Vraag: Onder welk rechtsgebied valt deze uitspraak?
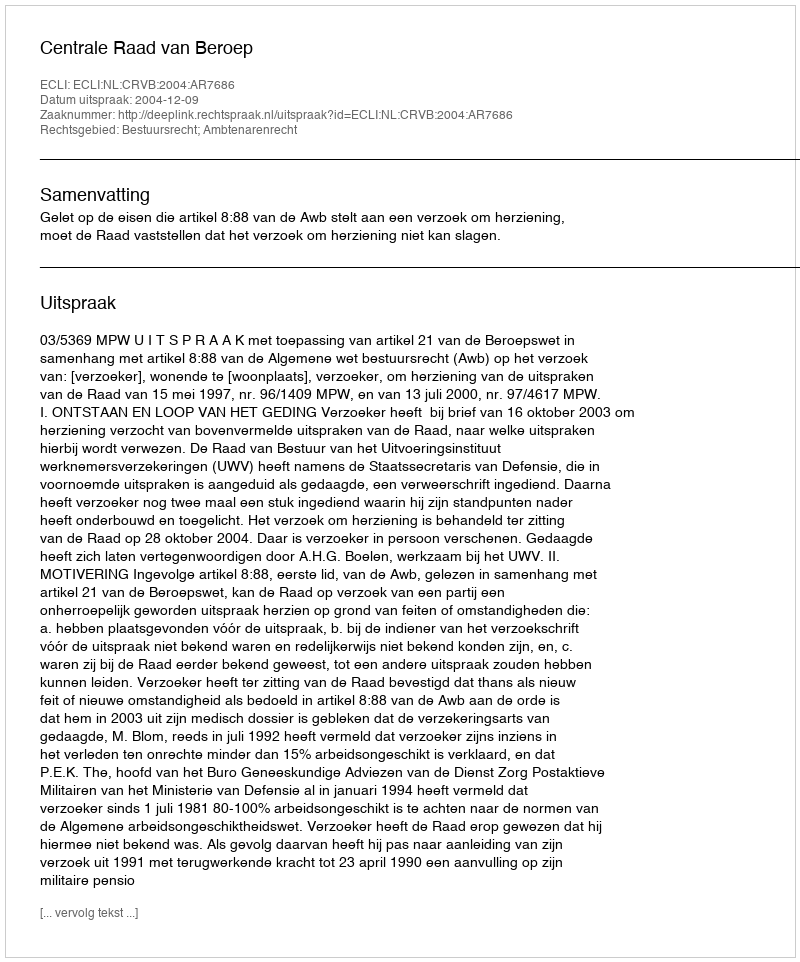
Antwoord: Bestuursrecht; Ambtenarenrecht